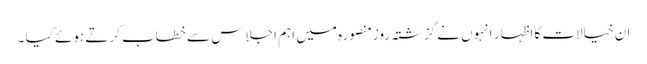
ان خیالات کا اظہار انہوں نے گزشتہ روزمنصورہ میں اہم اجلاس سے خطاب کرتے ہوئے کیا ۔